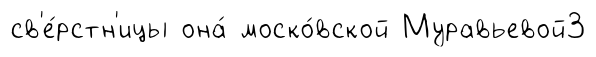
св'е́рстн'ицы она́ моско́вской Муравьевой3